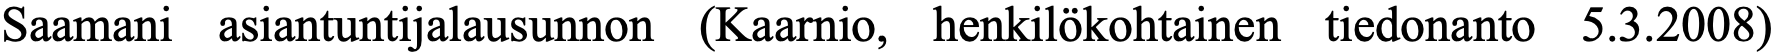
Saamani asiantuntijalausunnon (Kaarnio, henkilökohtainen tiedonanto 5.3.2008)